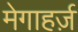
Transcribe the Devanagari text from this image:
मेगाहर्ज़